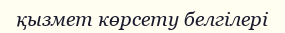
қызмет көрсету белгілері